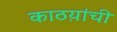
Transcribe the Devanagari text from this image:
काठय़ांची